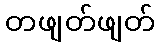
တဖျတ်ဖျတ်